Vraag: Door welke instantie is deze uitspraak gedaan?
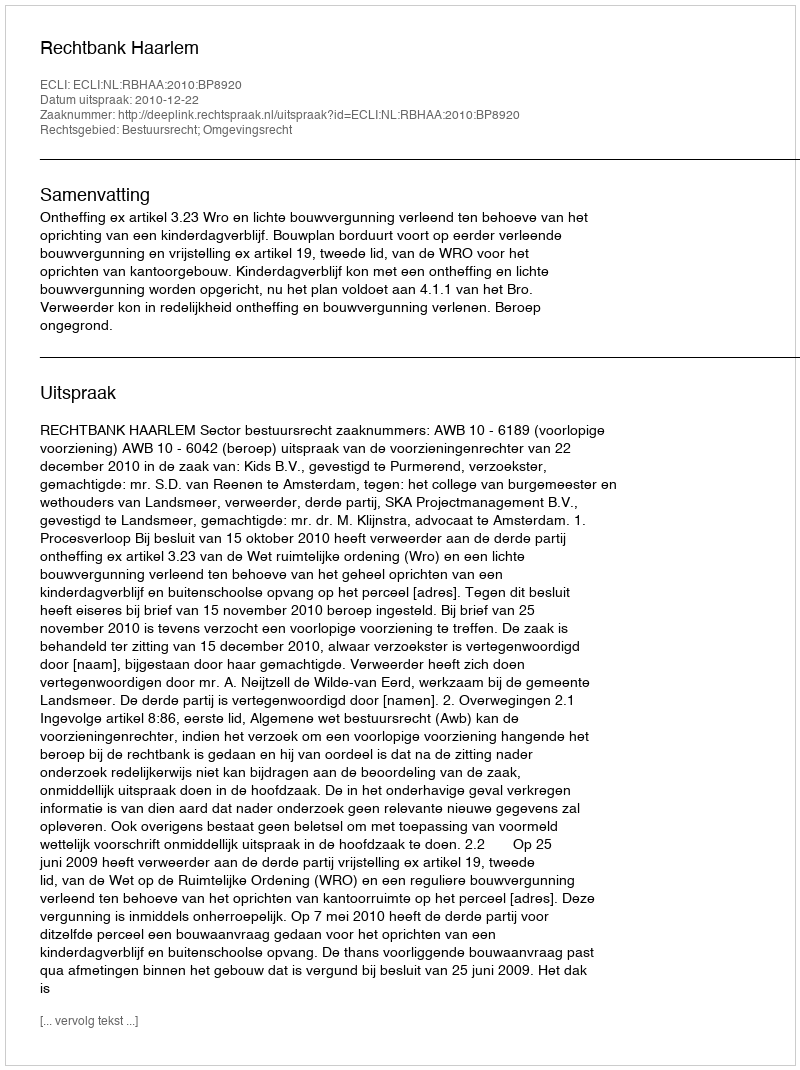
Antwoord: Rechtbank Haarlem